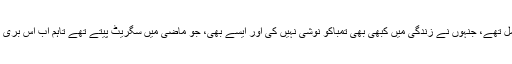
ان میں ایسے افراد بھی شامل تھے، جنہوں نے زندگی میں کبھی بھی تمباکو نوشی نہیں کی اور ایسے بھی، جو ماضی میں سگریٹ پیتے تھے تاہم اب اس بُری عادت کو چھوڑ چُکے ہیں۔